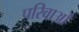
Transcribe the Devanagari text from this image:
परिवाओं